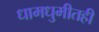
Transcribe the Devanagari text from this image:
धामधुमीतही